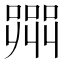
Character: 𭊲